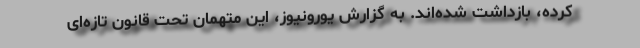
کرده، بازداشت شده‌اند. به گزارش یورونیوز، این متهمان تحت قانون تازه‌ای